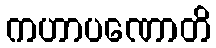
ကဟာပဏောတိ